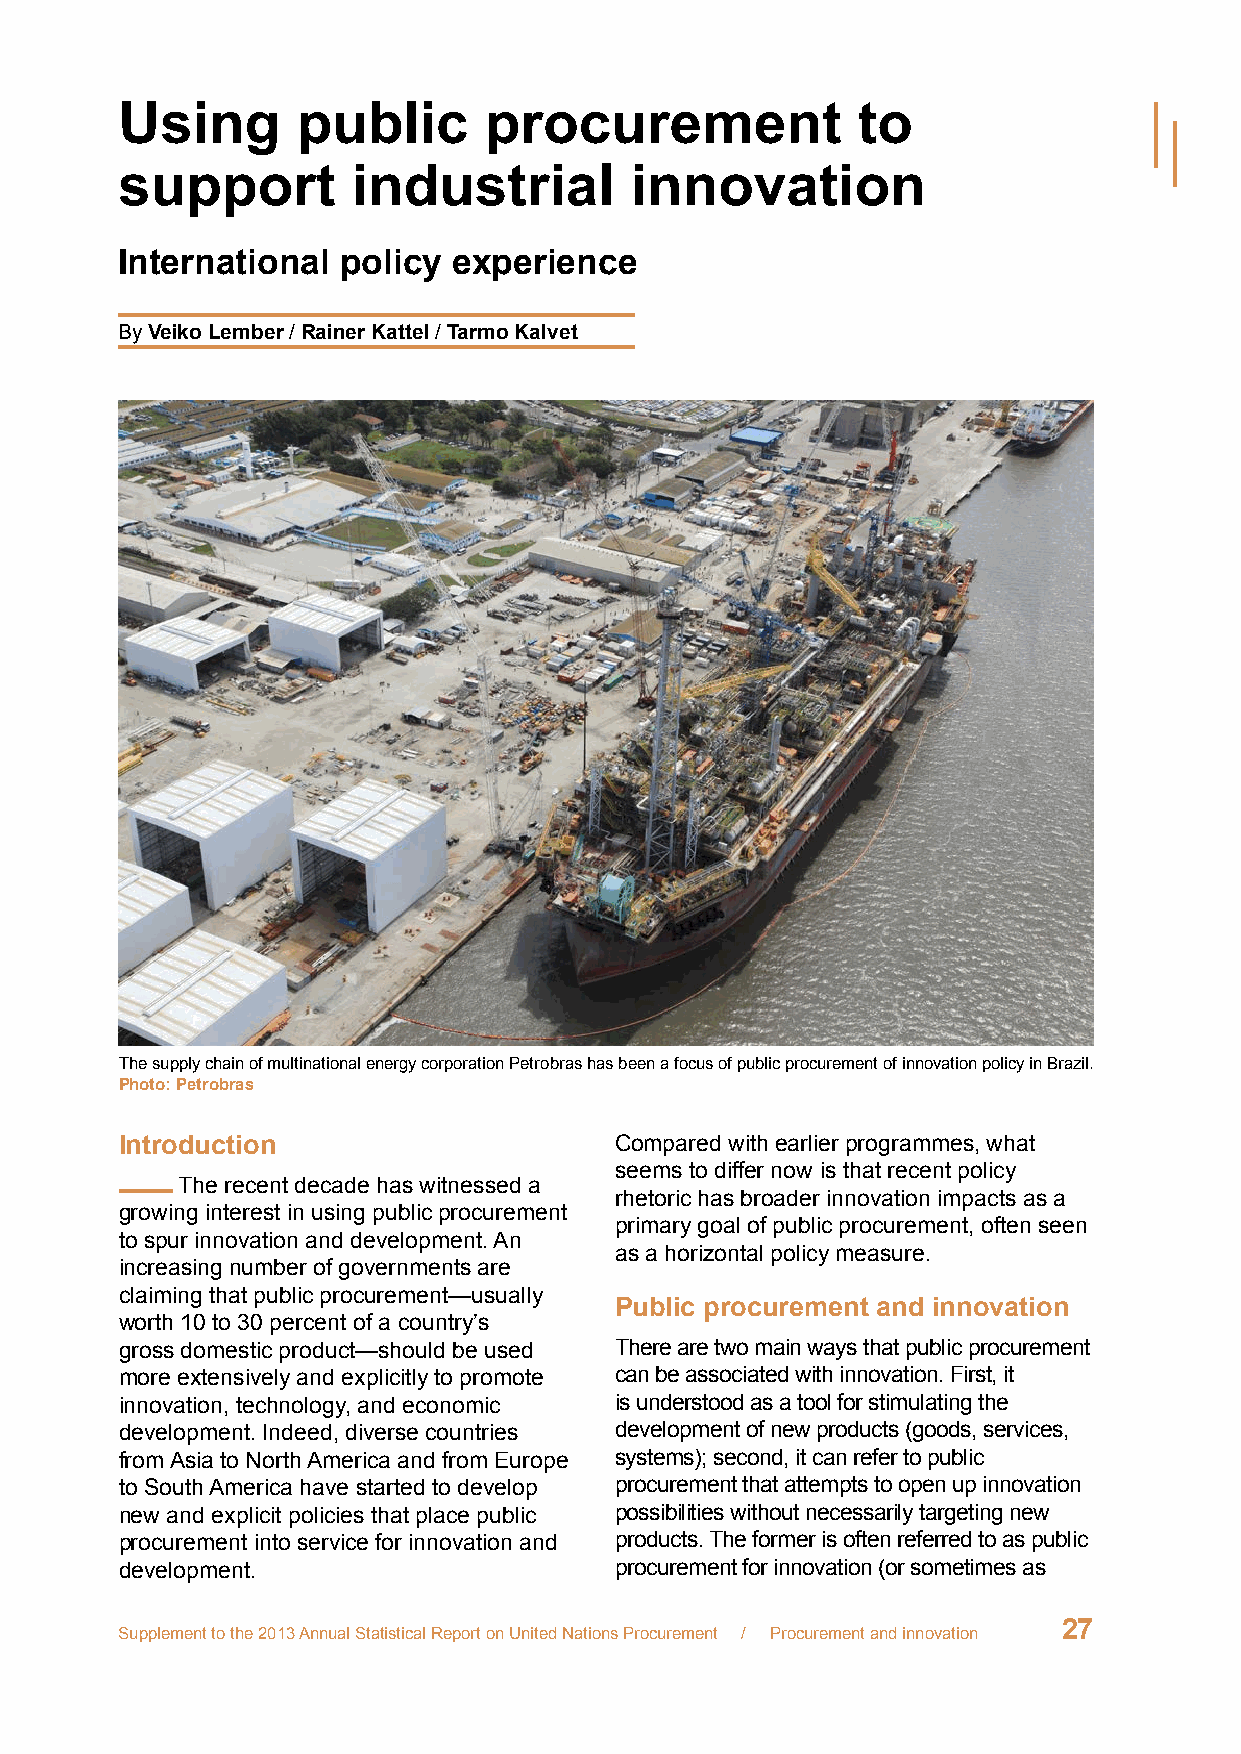
Using       public      procurement              to
 support        industrial         innovation
 International  policy experience
 By Veiko Lember / Rainer Kattel / Tarmo Kalvet
 The supply chain of multinational energy corporation Petrobras has been a focus of public procurement of innovation policy in Brazil.
 Photo: Petrobras
 Introduction                     Compared with earlier programmes, what
 seems to differ now is that recent policy
 The recent decade has witnessed a
 rhetoric has broader innovation impacts as a
 growing interest in using public procurement
 primary goal of public procurement, often seen
 to spur innovation and development. An
 as a horizontal policy measure.
 increasing number of governments are
 claiming that public procurement—usually
 Public procurement and innovation
 worth 10 to 30 percent of a country’s
 gross domestic product—should be used There are two main ways that public procurement
 more extensively and explicitly to promote can be associated with innovation. First, it
 innovation, technology, and economic is understood as a tool for stimulating the
 development. Indeed, diverse countries development of new products (goods, services,
 from Asia to North America and from Europe systems); second, it can refer to public
 to South America have started to develop procurement that attempts to open up innovation
 new and explicit policies that place public possibilities without necessarily targeting new
 procurement into service for innovation and products. The former is often referred to as public
 development.                     procurement for innovation (or sometimes as
 27
 Supplement to the 2013 Annual Statistical Report on United Nations Procurement / Procurement and innovation